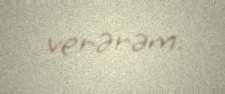
verərəm.